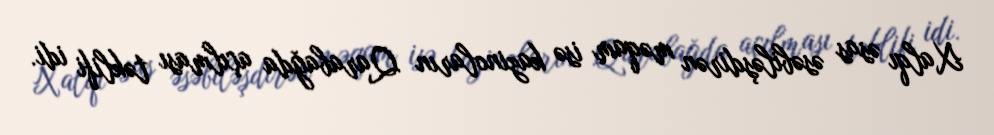
Xalqı əsas əsəbiləşdirən məqam isə kazinoların Qarabağda açılması təklifi idi.